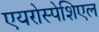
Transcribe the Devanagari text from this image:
एयरोस्पेशिएल